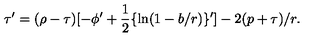
\tau ^ { \prime } = ( \rho - \tau ) [ - \phi ^ { \prime } + { \frac { 1 } { 2 } } \{ \ln ( 1 - b / r ) \} ^ { \prime } ] - 2 ( p + \tau ) / r .